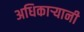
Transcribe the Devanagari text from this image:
अधिकाऱ्यानी